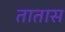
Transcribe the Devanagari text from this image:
तातास